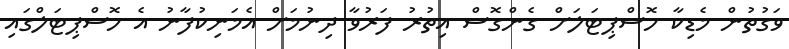
ވަގުތުން މެޑިކާ ހޮސްޕިޓަަލަށް ގެންގޮސް އިތުރު ފަރުވާ ދިނުމަށް އެމަނިކުފާނު އެ ހޮސްޕިޓަލްގައި